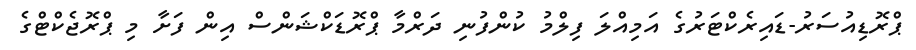
ޕްރޮޑިއުސަރު-ޑައިރެކްޓަރުގެ އަމިއްލަ ފިލްމު ކުންފުނި ދަރްމާ ޕްރޮޑަކްޝަންސް އިން ފަށާ މި ޕްރޮޖެކްޓްގެ